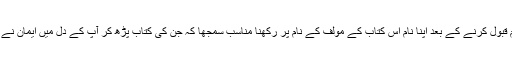
آپ نے اسلام قبول کرنے کے بعد اپنا نام اس کتاب کے مولف کے نام پر رکھنا مناسب سمجھا کہ جن کی کتاب پڑھ کر آپ کے دل میں ایمان نے گھر کیا تھا۔